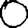
Digit: 0